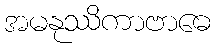
အမနုဿိကာဗာဓေ